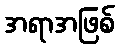
အရာအဖြစ်